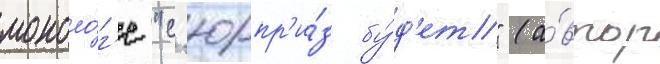
моноло́г'е "с'юрпр'и́з бу́д'ет" (а́втор